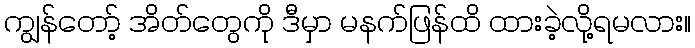
ကျွန်တော့် အိတ်တွေကို ဒီမှာ မနက်ဖြန်ထိ ထားခဲ့လို့ရမလား။